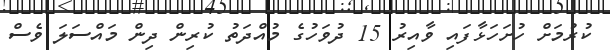
ކުރުމަށް ހުށަހަޅާފައި ވާއިރު 15 ދުވަހުގެ މުއްދަތު ކުރިން ދިން މައްސަލަ ވެސް